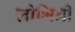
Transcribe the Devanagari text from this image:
लोभिनी